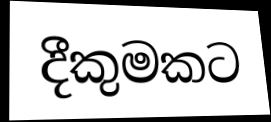
දීකුමකට